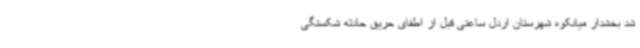
شد بخشدار میانکوه شهرستان اردل ساعتی قبل از اطفای حریق حادثه شکستگی